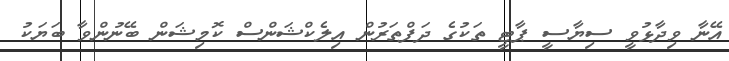
އޭނާ ވިދާޅުވީ ސިޔާސީ ޕާޓީ ތަކުގެ ދަފްތަރުން އިލެކްޝަންސް ކޮމިޝަން ބޭނުންވާ ބަޔަކު